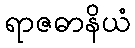
ရာဇဓာနိယံ